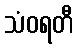
သံဝရတီ